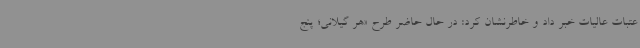
عتبات عالیات خبر داد و خاطرنشان کرد: در حال حاضر طرح «هر گیلانی؛ پنج